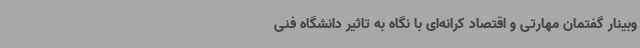
وبینار گفتمان مهارتی و اقتصاد کرانه‌ای با نگاه به تاثیر دانشگاه فنی